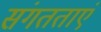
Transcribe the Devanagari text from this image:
संगतताएं